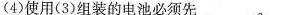
(4)使用(3)组装的电池必须先___。